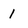
Character: 1